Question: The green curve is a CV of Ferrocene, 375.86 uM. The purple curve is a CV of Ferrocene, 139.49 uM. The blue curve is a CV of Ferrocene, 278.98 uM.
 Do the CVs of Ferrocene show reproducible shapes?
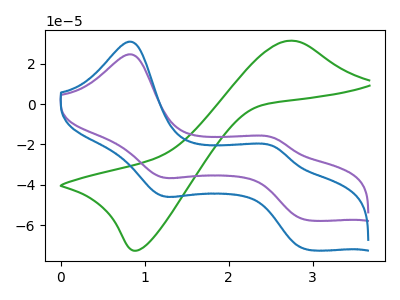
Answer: <think>The green curve "Ferrocene, 375.86 uM" has an anodic peak at (2.70V, 31.40uA) and a cathodic peak at (0.90V, -72.60uA). The purple curve "Ferrocene, 139.49 uM" has anodic peaks at (0.85V, 24.70uA) (2.55V, -16.75uA) and cathodic peaks at (1.20V, -36.15uA) (2.95V, -57.45uA). The blue curve "Ferrocene, 278.98 uM" has anodic peaks at (0.85V, 31.00uA) (2.55V, -21.00uA) and cathodic peaks at (1.20V, -45.35uA) (2.95V, -72.10uA).
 "Ferrocene, 375.86 uM" and "Ferrocene, 139.49 uM" have a different number of peaks. "Ferrocene, 375.86 uM" and "Ferrocene, 278.98 uM" have a different number of peaks. All the peaks in "Ferrocene, 139.49 uM" have a peak in "Ferrocene, 278.98 uM" at the same potential.</think>
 <answer>All the CV's of "Ferrocene" have similar shape.</answer>
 <eval>follow_rule</eval>